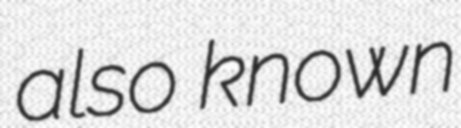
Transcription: also known